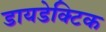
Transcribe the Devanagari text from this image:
डायडेक्टिक